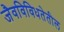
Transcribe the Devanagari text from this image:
जैवविविधतेतील